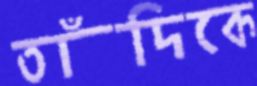
তাঁদিকে